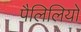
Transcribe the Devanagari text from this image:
पैलिलियों